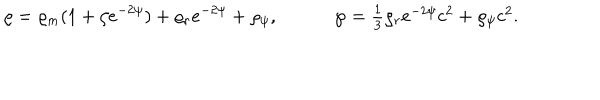
LaTeX: \varrho = \varrho _ { m } ( 1 + \zeta e ^ { - 2 \psi } ) + \varrho _ { r } e ^ { - 2 \psi } + \varrho _ { \psi } , \wp = \textstyle { \frac { 1 } { 3 } } \varrho _ { r } e ^ { - 2 \psi } c ^ { 2 } + \varrho _ { \psi } c ^ { 2 } .